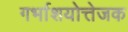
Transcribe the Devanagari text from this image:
गर्भाशयोत्तेजक